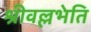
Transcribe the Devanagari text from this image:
श्रीवल्लभेति